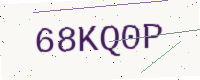
Text: 68KQ0P